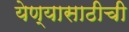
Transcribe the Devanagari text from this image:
येण्यासाठीची